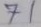
71